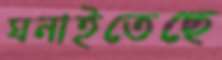
ঘনাইতেছে